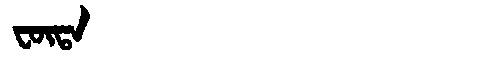
Manchu: ᡶᡡᡨᠠ
Romanization: FŪTA